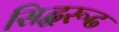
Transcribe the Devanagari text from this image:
सिद्धरूढ